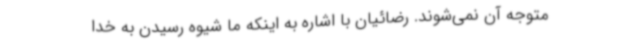
متوجه آن نمی‌شوند. رضائیان با اشاره به اینکه ما شیوه رسیدن به خدا